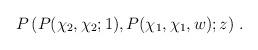
LaTeX: \begin{align*}P\left(P(\chi_2,\chi_2;1),P(\chi_1,\chi_1,w);z\right)\,.\end{align*}